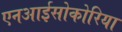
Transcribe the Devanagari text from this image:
एनआईसोकोरिया